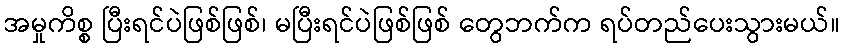
အမှုကိစ္စ ပြီးရင်ပဲဖြစ်ဖြစ်၊ မပြီးရင်ပဲဖြစ်ဖြစ် တွေဘက်က ရပ်တည်ပေးသွားမယ်။